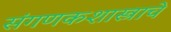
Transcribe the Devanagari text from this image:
संगणकशास्त्राचे